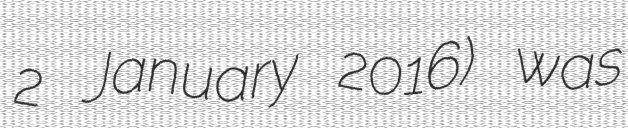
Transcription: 2 January 2016) was